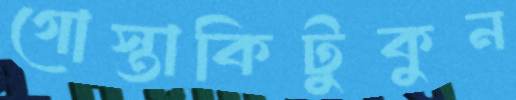
গোস্তাকিটুকুন